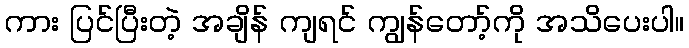
ကား ပြင်ပြီးတဲ့ အချိန် ကျရင် ကျွန်တော့်ကို အသိပေးပါ။